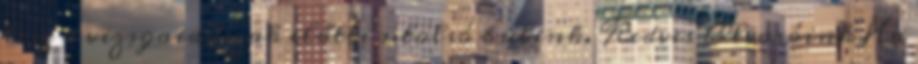
lesz a vizsgaidőszak előtti utolsó bulink. Kedves Olvasóink Ha